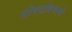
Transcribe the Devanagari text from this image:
पोपटांप्रमाणे